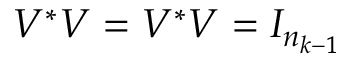
V ^ { * } V = V ^ { * } V = I _ { n _ { k - 1 } }